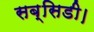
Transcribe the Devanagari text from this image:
सब्सिडी।